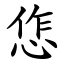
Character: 㤰